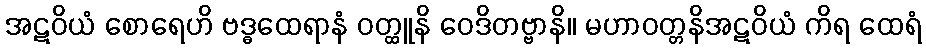
အဋဝိယံ စောရေဟိ ဗဒ္ဓထေရာနံ ဝတ္ထူနိ ဝေဒိတဗ္ဗာနိ။ မဟာဝတ္တနိအဋဝိယံ ကိရ ထေရံ